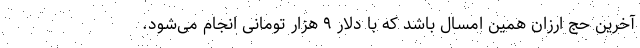
آخرین حج ارزان همین امسال باشد که با دلار ۹ هزار تومانی انجام می‌شود.